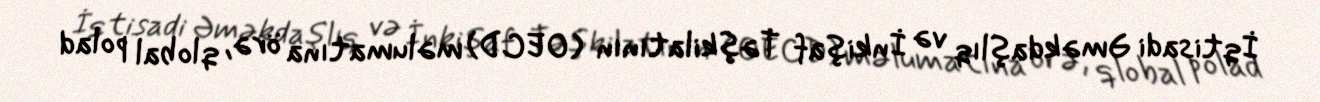
İqtisadi Əməkdaşlıq və İnkişaf Təşkilatının (OECD) məlumatına örə, qlobal polad